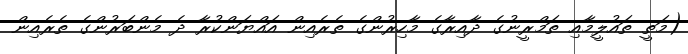
(މަތީ ތައުލީމާއި ތަމްރީނުގެ ދާއިރާގެ މާހިރުންގެ ތެރެއިން އައްޔަންކުރާ ދެ މެންބަރުންގެ ތެރެއިން